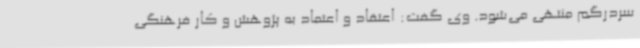
سردرگم منتهی می‌شود. وی گفت: اعتقاد و اعتماد به پژوهش و کار فرهنگی